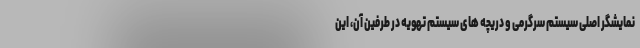
نمایشگر اصلی سیستم سرگرمی و دریچه های سیستم تهویه در طرفین آن، این